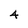
Character: 4